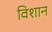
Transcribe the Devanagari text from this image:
विशान